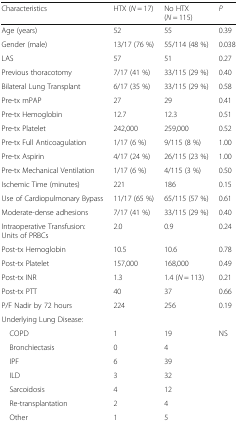
<table><thead><tr><td><b>Characteristics</b></td><td><b>HTX (<i>N</i> = 17)</b></td><td><b>No HTX (<i>N</i> = 115)</b></td><td><b><i>P</i></b></td></tr></thead><tbody><tr><td>Age (years)</td><td>52</td><td>55</td><td>0.39</td></tr><tr><td>Gender (male)</td><td>13/17 (76 %)</td><td>55/114 (48 %)</td><td>0.038</td></tr><tr><td>LAS</td><td>57</td><td>51</td><td>0.27</td></tr><tr><td>Previous thoracotomy</td><td>7/17 (41 %)</td><td>33/115 (29 %)</td><td>0.40</td></tr><tr><td>Bilateral Lung Transplant</td><td>6/17 (35 %)</td><td>33/115 (29 %)</td><td>0.58</td></tr><tr><td>Pre-tx mPAP</td><td>27</td><td>29</td><td>0.41</td></tr><tr><td>Pre-tx Hemoglobin</td><td>12.7</td><td>12.3</td><td>0.51</td></tr><tr><td>Pre-tx Platelet</td><td>242,000</td><td>259,000</td><td>0.52</td></tr><tr><td>Pre-tx Full Anticoagulation</td><td>1/17 (6 %)</td><td>9/115 (8 %)</td><td>1.00</td></tr><tr><td>Pre-tx Aspirin</td><td>4/17 (24 %)</td><td>26/115 (23 %)</td><td>1.00</td></tr><tr><td>Pre-tx Mechanical Ventilation</td><td>1/17 (6 %)</td><td>4/115 (3 %)</td><td>0.50</td></tr><tr><td>Ischemic Time (minutes)</td><td>221</td><td>186</td><td>0.15</td></tr><tr><td>Use of Cardiopulmonary Bypass</td><td>11/17 (65 %)</td><td>65/115 (57 %)</td><td>0.61</td></tr><tr><td>Moderate-dense adhesions</td><td>7/17 (41 %)</td><td>33/115 (29 %)</td><td>0.40</td></tr><tr><td>Intraoperative Transfusion: Units of PRBCs</td><td>2.0</td><td>0.9</td><td>0.24</td></tr><tr><td>Post-tx Hemoglobin</td><td>10.5</td><td>10.6</td><td>0.78</td></tr><tr><td>Post-tx Platelet</td><td>157,000</td><td>168,000</td><td>0.49</td></tr><tr><td>Post-tx INR</td><td>1.3</td><td>1.4 (<i>N</i> = 113)</td><td>0.21</td></tr><tr><td>Post-tx PTT</td><td>40</td><td>37</td><td>0.66</td></tr><tr><td>P/F Nadir by 72 hours</td><td>224</td><td>256</td><td>0.19</td></tr><tr><td colspan="4">Underlying Lung Disease:</td></tr><tr><td> COPD</td><td>1</td><td>19</td><td>NS</td></tr><tr><td> Bronchiectasis</td><td>0</td><td>4</td><td rowspan="6">[EMPTY_CELL]</td></tr><tr><td> IPF</td><td>6</td><td>39</td></tr><tr><td> ILD</td><td>3</td><td>32</td></tr><tr><td> Sarcoidosis</td><td>4</td><td>12</td></tr><tr><td> Re-transplantation</td><td>2</td><td>4</td></tr><tr><td> Other</td><td>1</td><td>5</td></tr></tbody></table>